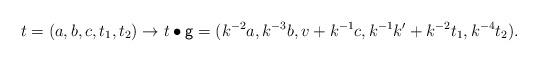
LaTeX: \begin{align*}t = (a, b, c, t_1, t_2) \to t \bullet \mathsf{g} = (k^{-2}a, k^{-3}b, v+k^{-1}c, k^{-1}k' + k^{-2}t_1, k^{-4}t_2).\end{align*}